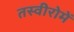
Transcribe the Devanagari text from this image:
तस्वीरोमें